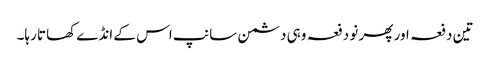
تین دفعہ اور پھر نو دفعہ وہی دشمن سانپ اس کے انڈے کھاتا رہا۔